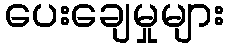
ပေးချေမှုများ